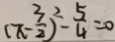
( \pi - \frac { 3 } { 2 } ) ^ { 2 } - \frac { 5 } { 4 } = 0